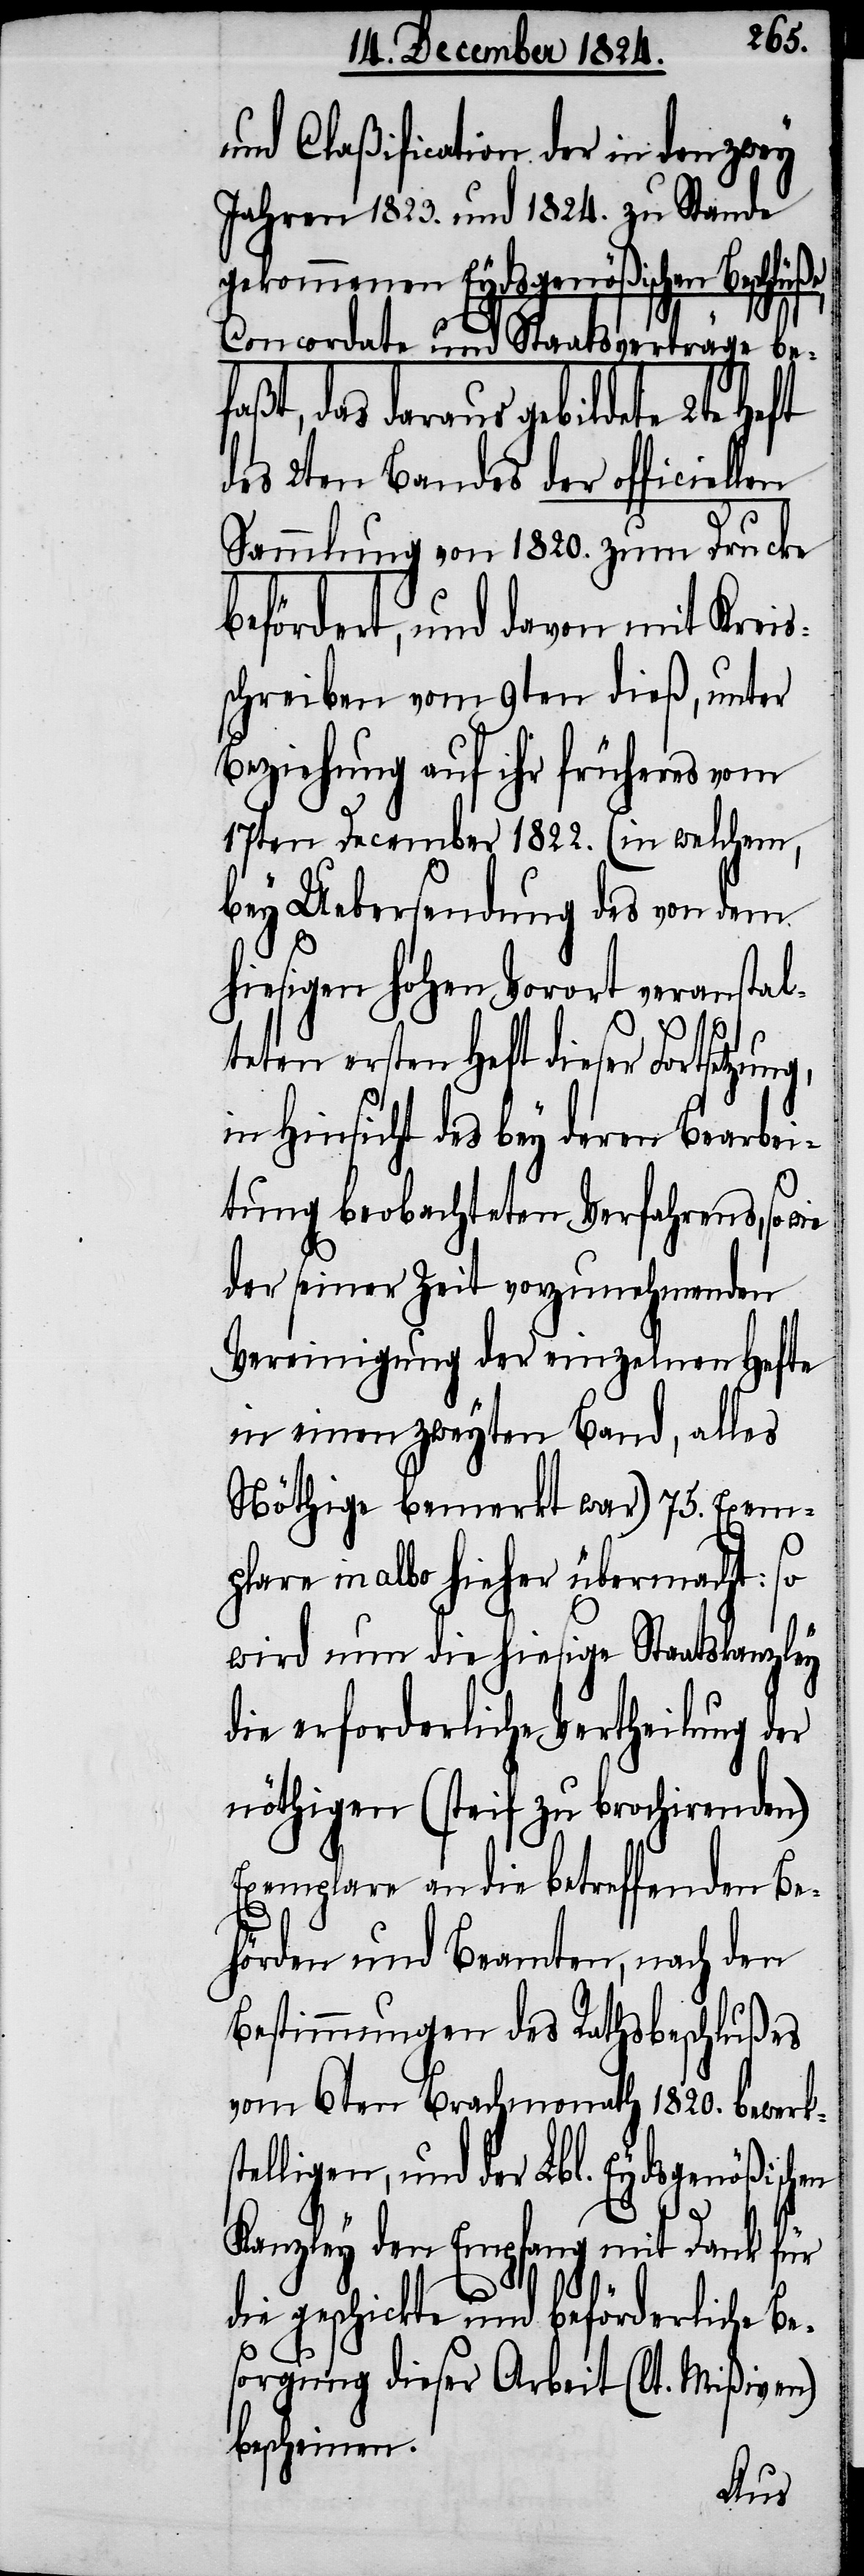
und Claßification der in den zwey
Jahren 1823. und 1824. zu Stande
gekommenen Eydsgenößischen Besch¬
Concordate und Staatsverträge be¬
faßt, das daraus gebildete 2ten Heft
des 2ten Bandes der officiellen
Sammlung von 1820. zum Drucke
befördert, und davon mit Kreis¬
schreiben vom 9ten dieß, unter
Beziehung auf ihr früheres vom
17ten December 1822. (in welchem,
bey Uebersendung des von dem
hiesigen hohen Vorort veranstal¬
teten ersten Heft dieser Fortsetzun¬
in Hinsicht des bey deren Bearbei¬
tung beobachteten Verfahrens, so
der seiner Zeit vorzunehmende
Vereinigung der einzelnen Hefte
in einen zweyten Band, alles
Nöthige bemerkt war) 75. Exem¬
plare in albo hieher übermacht: so
wird nun die hiesige Staatskanzley
die erforderliche Vertheilung der
nöthigen (steif zu brochirenden)
Exemplare an die betreffenden Be¬
hörden und Beamten, nach den
Bestimmungen des Rathsbeschlußes
vom 6ten Brachmonath 1820. bewerks¬
telligen, und der Lbl. Eydsgenößischen
g,
Kanzley den Empfang mit Dank für
die geschickte und beförderliche Be¬
sorgung dieser Arbeit (lt. Mißiven)
bescheinen.
lüße,